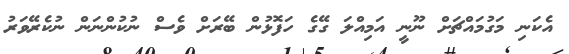
އެކަނި މަގުމައްޗަށް ނޫނީ އަމިއްލަ ގޭގެ ހަފޮޅުން ބޭރަށް ވެސް ނުކުންނަން ނުކެރޭވަރު